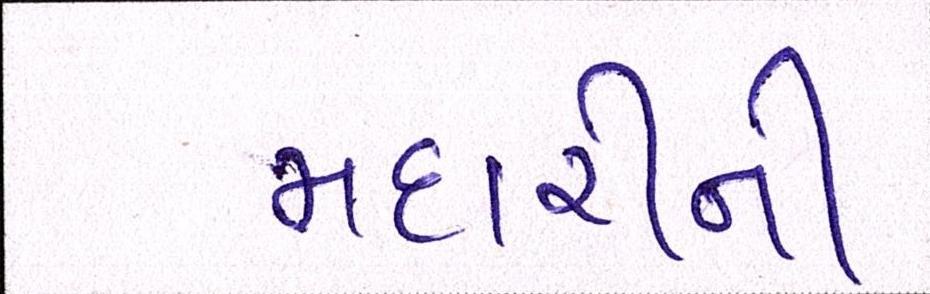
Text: મદારીની